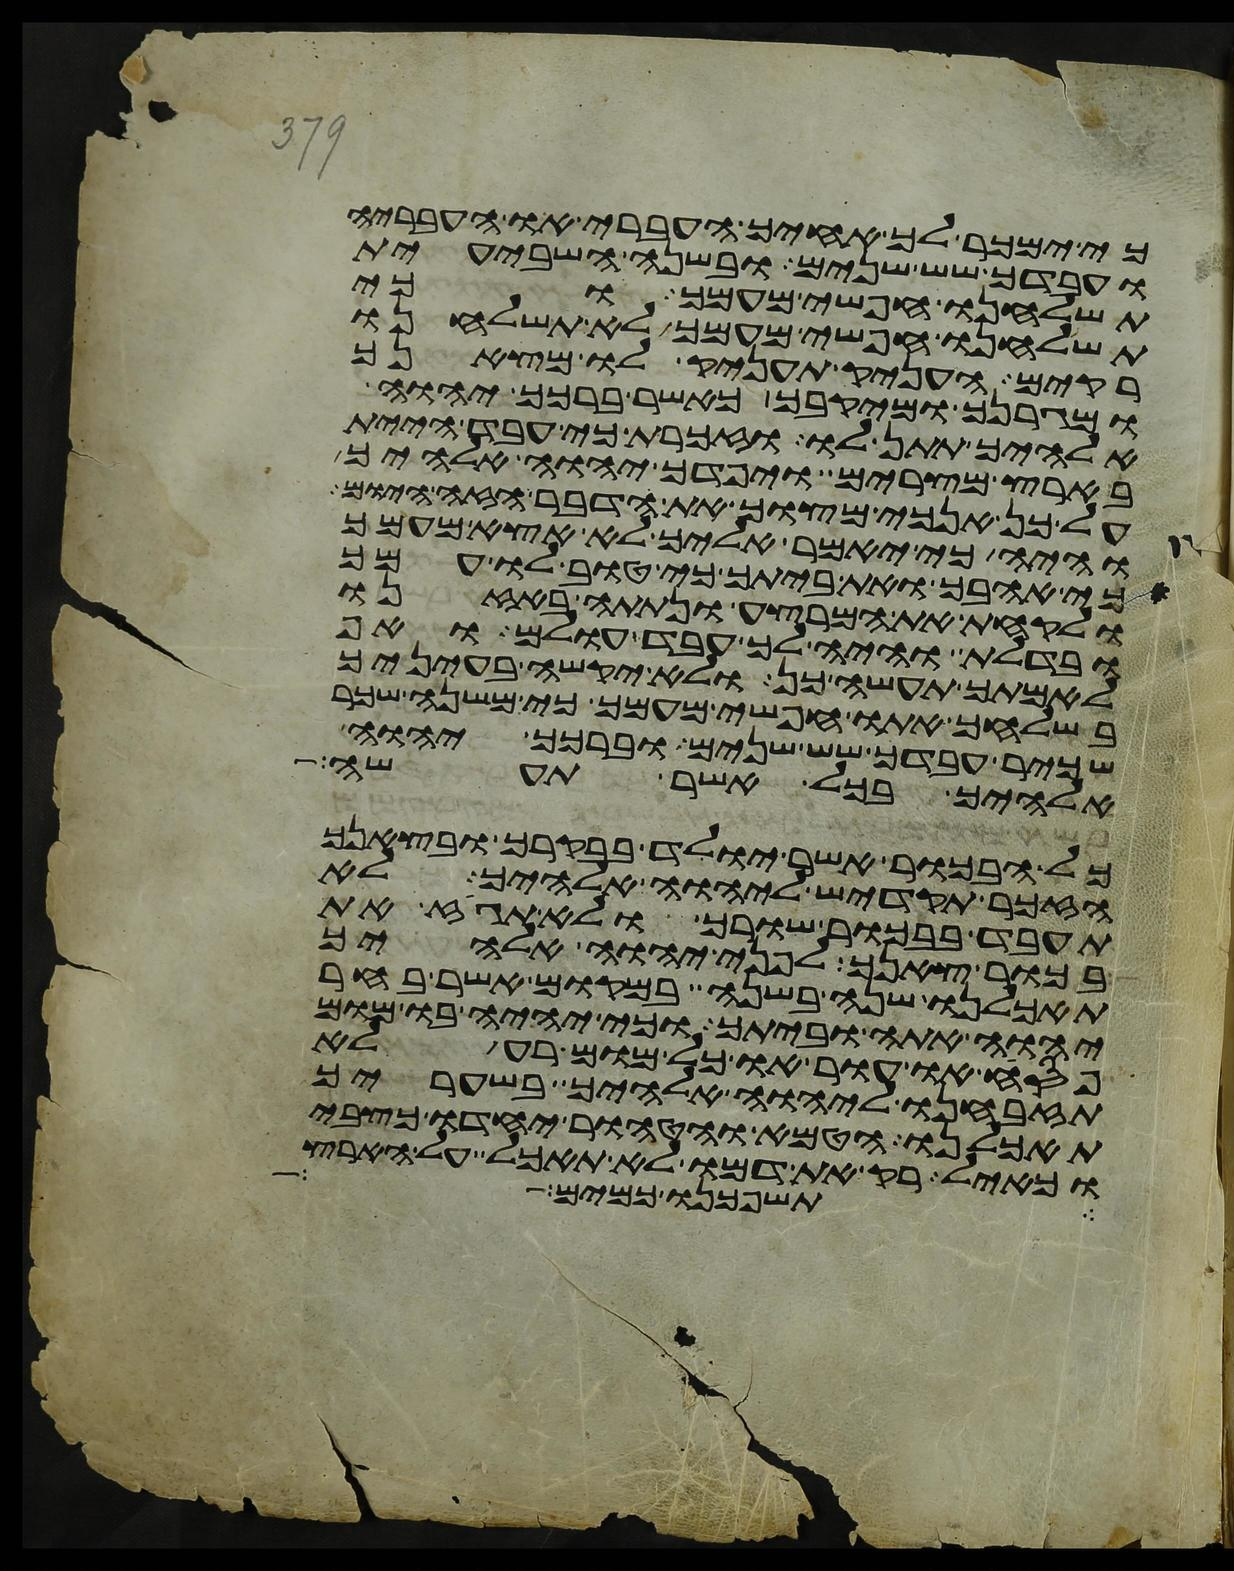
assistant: כי ימכר לך אחיך העברי או העבריה
ועבדך שש שנים ובשנה השביעית
תשלחנו חפשי מעמך וכי
תשלחנו חפשי מעמך לא תשלחנו
ריקם העניק תעניק לו מצאנך
ומגרנך ומיקבך כאשר ברכך יהוה
אלהיך תתן לו וזכרת כי עבד היית
בארץ מצרים ויפדך יהוה אלהיך
על כן אנכי מצוך את הדבר הזה היום
והיה כי יאמר אליך לא אצא מעמך
כי אהבך ואת ביתך כי טוב לו עמך
ולקחת את המרצע ונתתה באזנו
ובדלת והיה לך עבד עולם ואף
לאמתך תעשה כן ולא יקשה בעיניך
בשלחך אתו חפשי מעמך כי משנה שכר
שכיר עבדך שש שנים וברכך יהוה
אלהיך בכל אשר תעשה
כל הבכור אשר יולד בבקרך ובצאנך
הזכר תקדיש ליהוה אלהיך לא
תעבד בבכור שורך ולא תגז את
בכור צאנך לפני יהוה אלהיך
תאכלנו שנה בשנה במקום אשר בחר
יהוה אתה וביתך וכי יהיה בו מום
פסח או עור או כל מום רע לא
תזבחנו ליהוה אלהיך בשעריך
תאכלנו הטמא והטהור יחדו כצבי
וכאיל רק את דמו לא תאכל על הארץ
תשפכנו כמים